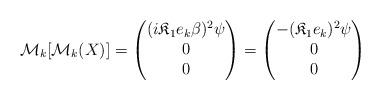
LaTeX: \begin{align*} \mathcal M_k[ \mathcal M_k(X) ] = \begin{pmatrix} (i \mathfrak K_1 e_k \beta)^2\psi \\ 0 \\ 0\end{pmatrix} = \begin{pmatrix} - (\mathfrak K_1 e_k)^2 \psi \\ 0 \\ 0\end{pmatrix}\end{align*}